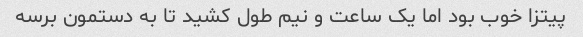
پیتزا خوب بود اما یک ساعت و نیم طول کشید تا به دستمون برسه